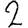
Digit: 2